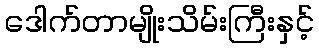
ဒေါက်တာမျိုးသိမ်းကြီးနှင့်